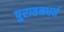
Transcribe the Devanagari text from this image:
पुरातनधर्म